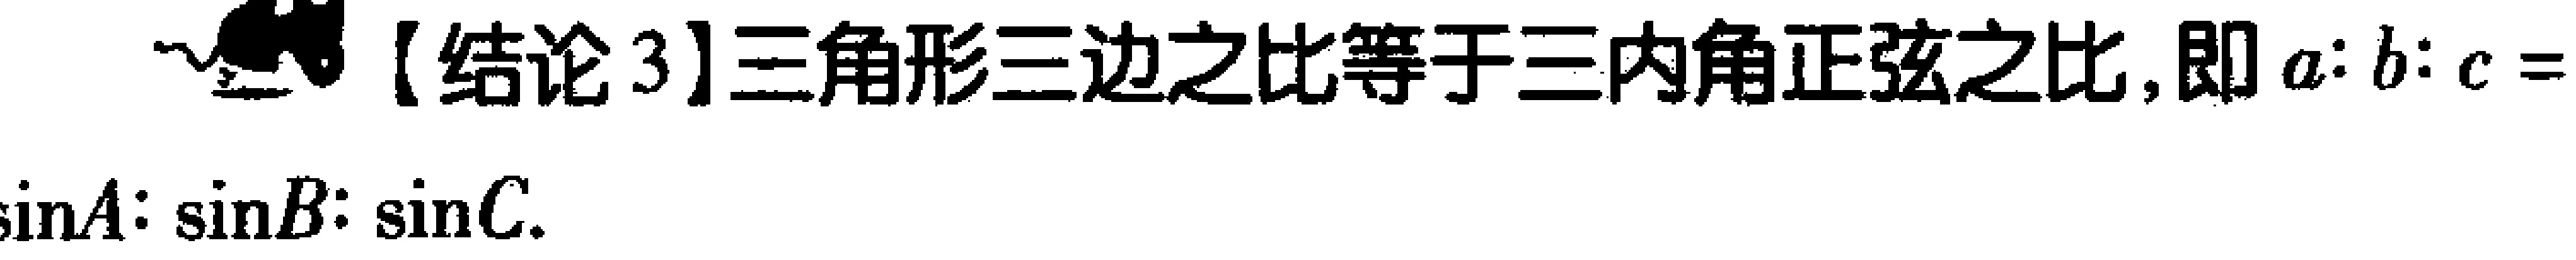
【结论3】三角形三边之比等于三内角正弦之比,即\(a:b:c = \sin A:\sin B:\sin C\)